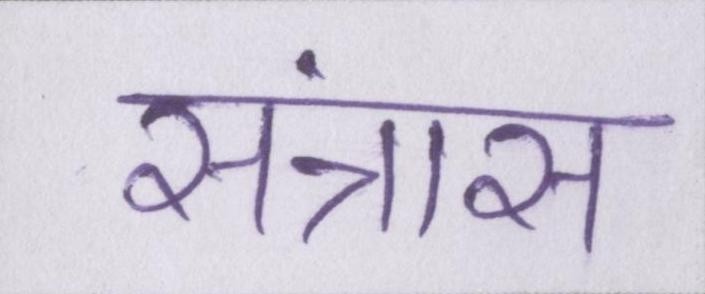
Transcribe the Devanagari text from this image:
संत्रास